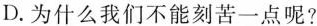
D.为什么我们不能刻苦一点呢?